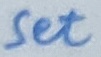
Text: Set